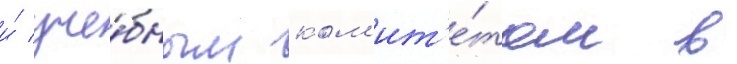
и́ уче́бным ком'ит'е́том в